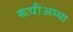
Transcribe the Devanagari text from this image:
रूपीअम्मा